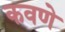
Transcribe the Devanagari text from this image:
कवणे